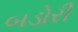
બડોરી